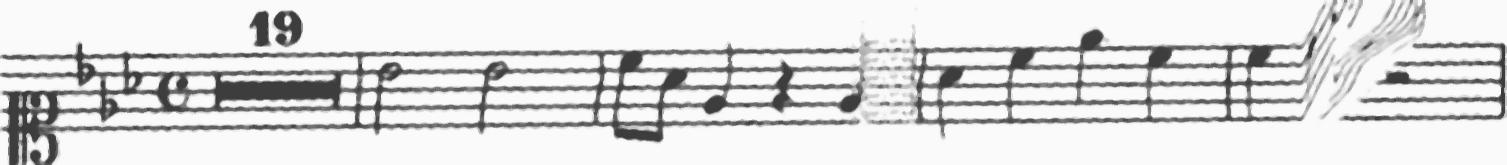
Transcription: clef-C1 keySignature-EbM timeSignature-C multirest-19 barline note-Bb4_half note-Bb4_half barline note-C5_eighth note-Ab4_eighth note-Eb4_quarter rest-quarter note-Eb4_quarter barline note-Ab4_quarter note-C5_quarter note-Eb5_quarter note-C5_quarter barline note-C5_quarter note-Bb4_quarter rest-half barline